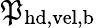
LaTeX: \mathfrak{P}_{\mathrm{{hd,vel,b}}}